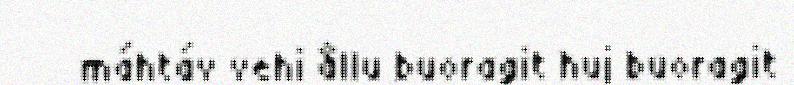
máhtáv vehi ållu buoragit huj buoragit